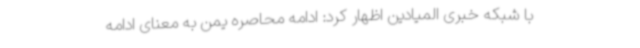
با شبکه خبری المیادین اظهار کرد: ادامه محاصره یمن به معنای ادامه